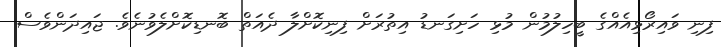
ފިނި ވައިރޯޅިއެއްގެ ބީހިލުމުން މުޅި ހަށިގަނޑު އިތުރަށް ފިނިކޮށްލާ ދެއަތް ބޮނޑިކޮށްލެވުނެވެ. ޖައިދަންވެސް